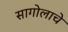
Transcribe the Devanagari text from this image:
सागोलाचे